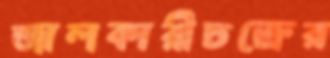
জালকারীচক্রের